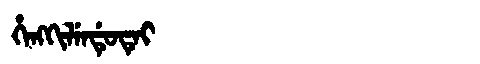
Manchu: ᡥᡝᠩᡴᡳᠯᡝᠨᡩᡠᡨᡝᡳ
Romanization: HENGKILENDUTEI